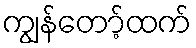
ကျွန်တော့်ထက်